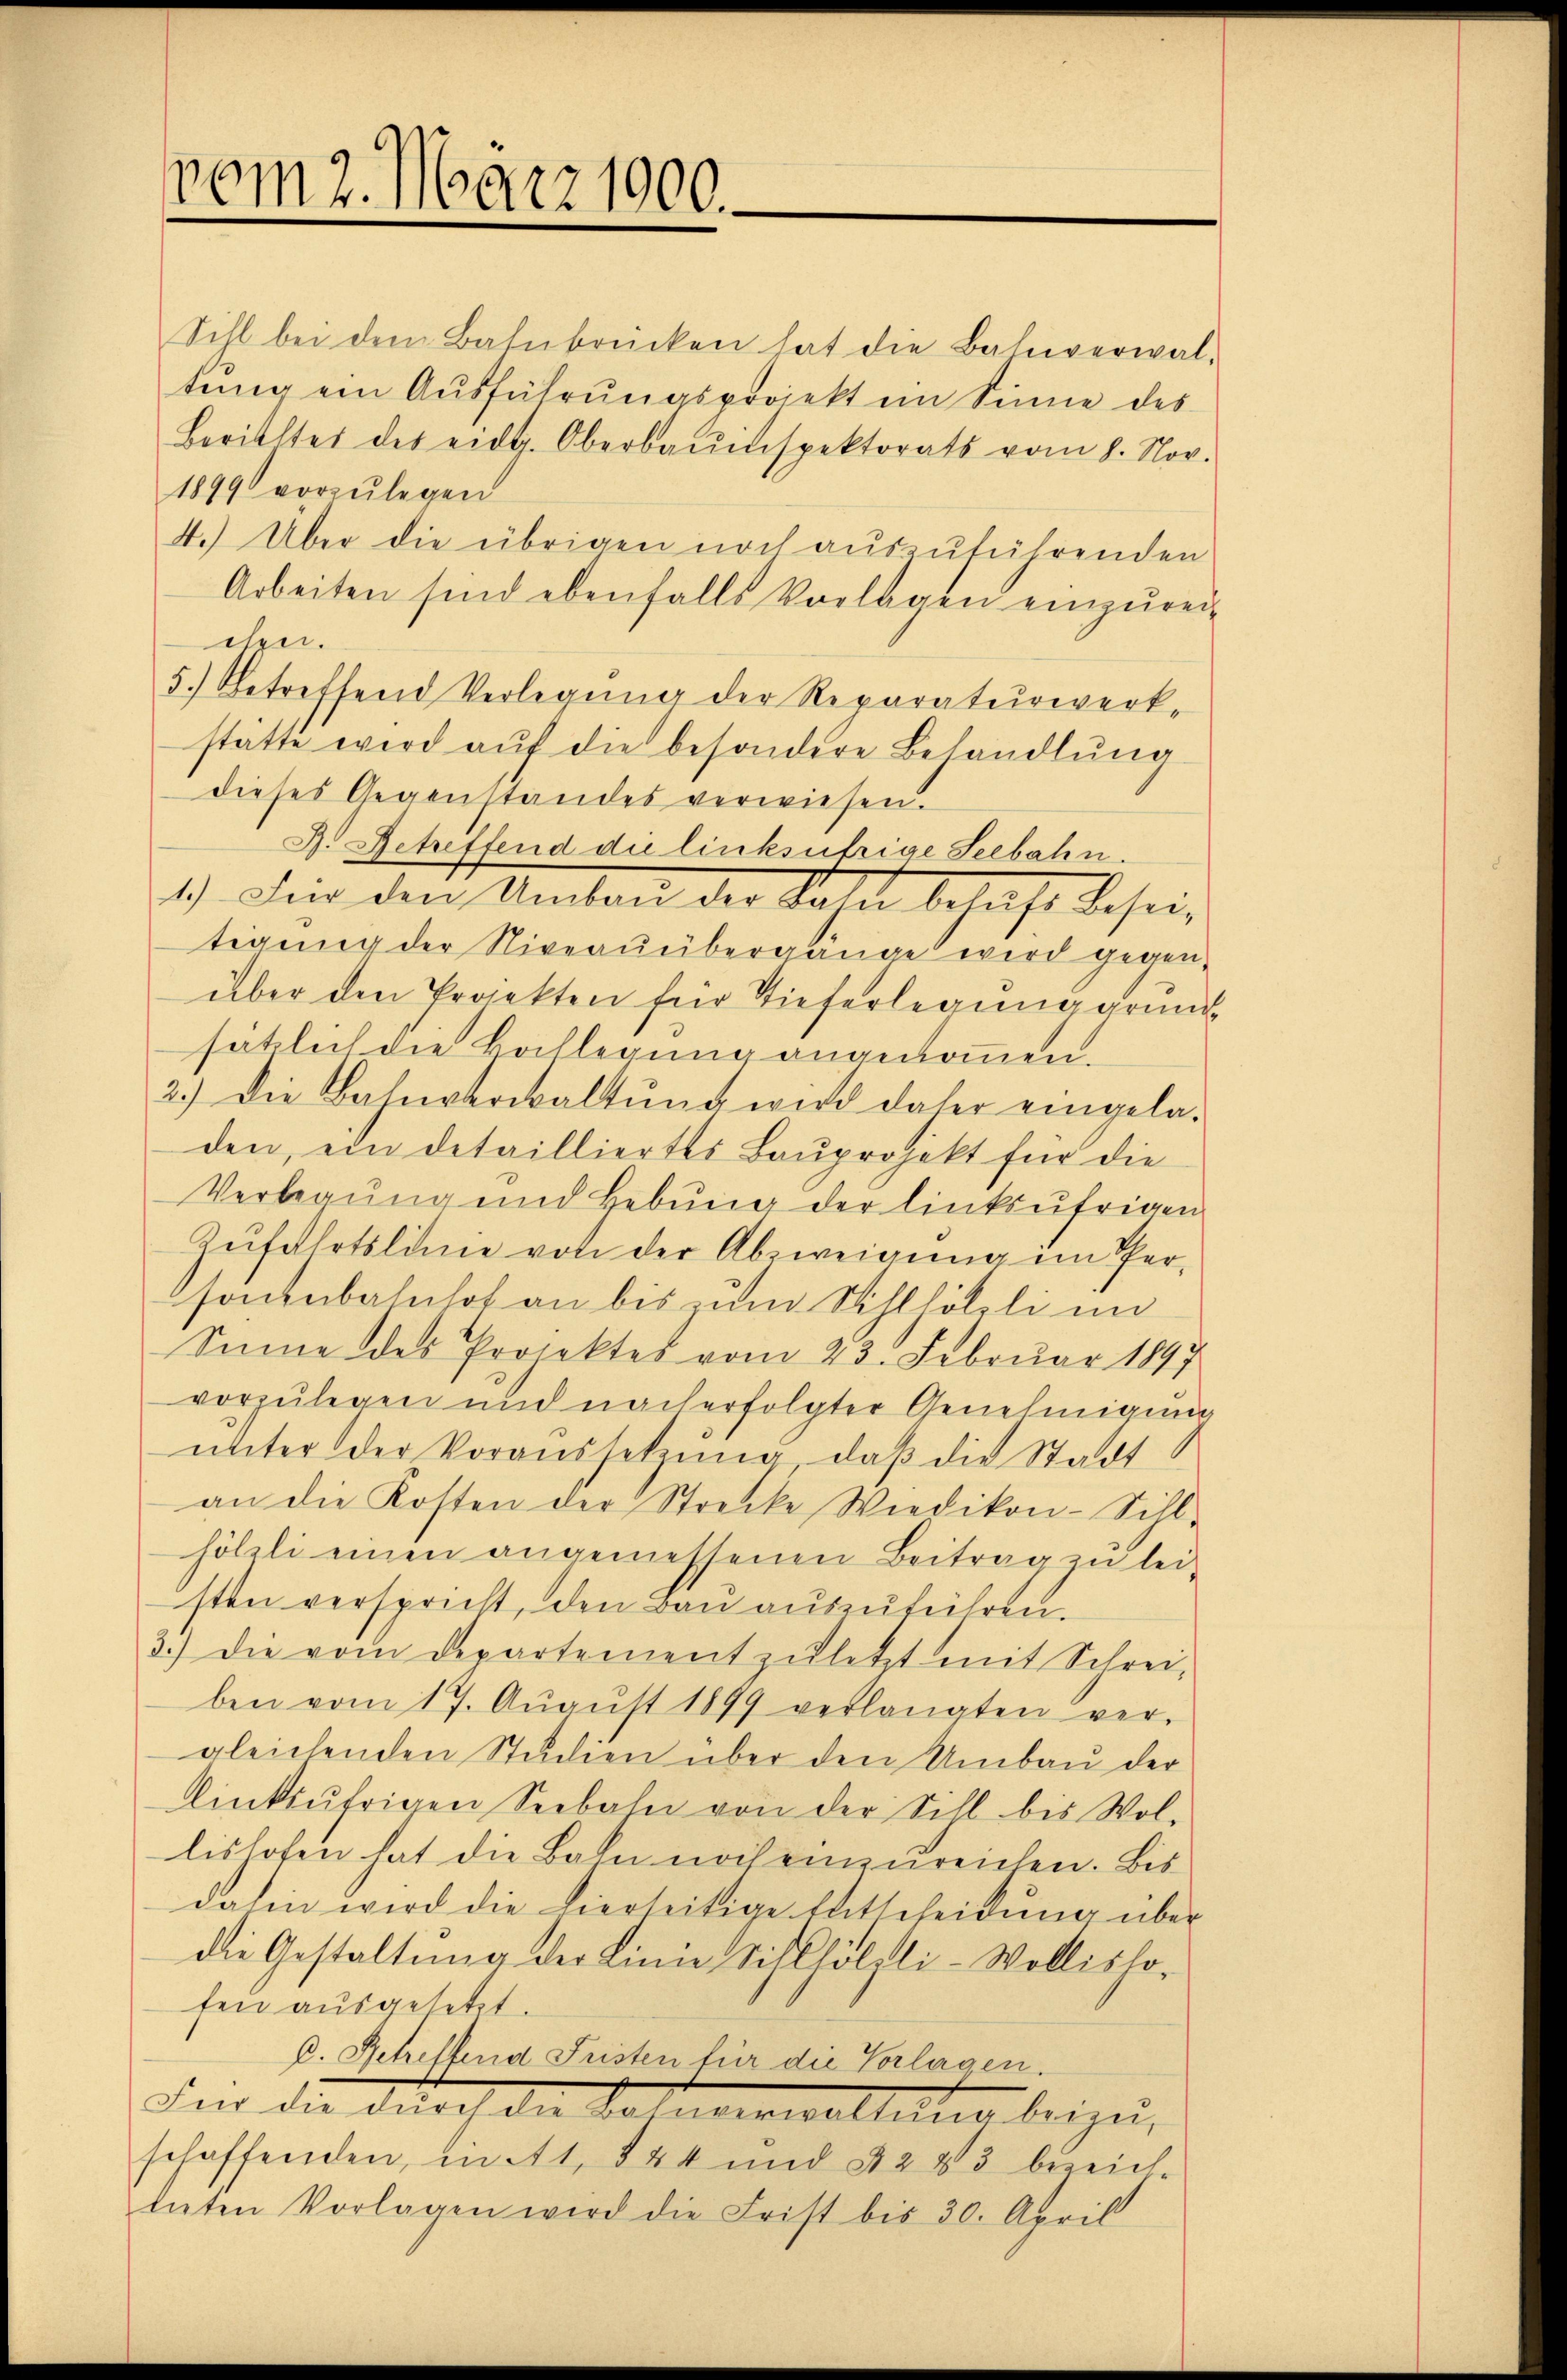
vom 2. März 1900.

Sihl bei den Bahnbrücken hat die Bahnverwal-
tŭng ein Aŭsführŭngsprojekt im Sinne des
Berichtes des eidg. Oberbauinspektorats vom 8. Nov.
1899 vorzulegen
4.) Über die übrigen noch auszuführenden
Arbeiten sind ebenfalls Vorlagen einzŭrei-
chen.
5.) Betreffend Verlegung der Reparaturwerkstätte wird auf die besondere Behandlung
dieses Gegenstandes verwiesen.
B. Betreffend die linksufrige Seebahn.
1.) In den Umten der Rahn behaft besei
tigung der Niveaŭübergänge wird gegenüber den Projekten für Tieferlegung grund
sätzlich die Hallegung angenommen.
2.) Die Bahnverwaltung wird daher eingeladen, ein detailliertes Bauprojekt für die
Verlegung und Hebŭng der linksufrigen
Zŭfahrtslinie von der Abzweigung im Pfersonenbahnhof an bis um Sihlhölzli im
Sinne des Projektes vom 23. Februar 1897
vorzŭlegen und nach erfolgter Genehmigung
unter der Voraussetzung, daß die Stadt
an die Kosten der Strecke Wiedikon-Sihl-
hölili einen angemessenen Beitrag zu lei-
sten verspricht, den Bau auszuführen.
3.) Die vom Departement zuletzt mit Schrei-
ben vom 17. Aŭgŭst 1899 verlangten ver-
gleichenden Studien über den Umbaŭ der
linksufrigen Seebahn von der Sihl bis Wol-
lishofen hat die Bahn noch einzureichen. Bis
dahin wird die hierseitige Entscheidung über
die Gestaltung der Linie Sihlhölzli-Wollisho-
fen ausgesetzt.
C. Betreffend Fristen für die Vorlagen.
Für die durch die Lohnverwaltung beizu,
schaffenden, in 41, 844 und § 243 bezeich-
bieten Vorlagen wird die Frist bis 30. April